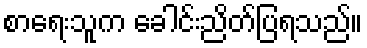
စာရေးသူက ခေါင်းညိတ်ပြရသည်။